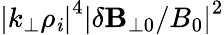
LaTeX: \left|k_{\perp}\rho_{\mathit{i}}\right|^{4}\left|\delta\mathbf{{B}}_{\perp0}/B_{0}\right|^{2}